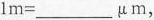
$$1m=___ \mu m$$，